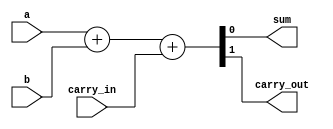
module FullAdder (
    input  wire a,        // First input bit
    input  wire b,        // Second input bit
    input  wire carry_in, // Carry input
    output wire sum,      // Sum output
    output wire carry_out  // Carry output
);
    assign {carry_out, sum} = a + b + carry_in;
endmodule